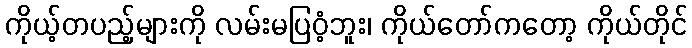
ကိုယ့်တပည့်များကို လမ်းမပြဝံ့ဘူး၊ ကိုယ်တော်ကတော့ ကိုယ်တိုင်